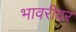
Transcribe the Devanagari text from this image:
भावरीवर